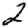
Digit: 2